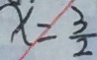
x = \frac { 3 } { 2 }